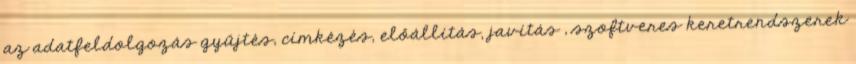
az adatfeldolgozás gyűjtés, címkézés, előállítás, javítás , szoftveres keretrendszerek